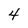
Character: 4